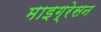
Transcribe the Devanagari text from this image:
माइग्रेसन